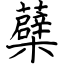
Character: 蘗